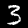
Label: 3